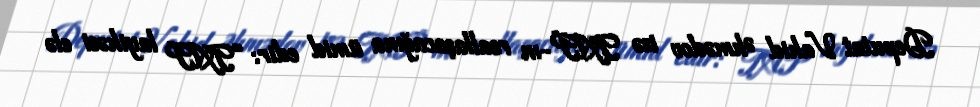
Deputat Vahid Əhmədov isə TAP-ın reallaşacağına ümid edir: “TAP layihəsi elə